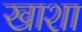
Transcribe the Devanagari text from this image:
खाशा